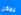
يمكن